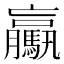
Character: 驘